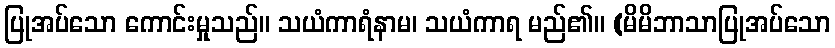
ပြုအပ်သော ကောင်းမှုသည်။ သယံကာရံနာမ၊ သယံကာရ မည်၏။ (မိမိဘာသာပြုအပ်သော